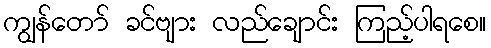
ကျွန်တော် ခင်ဗျား လည်ချောင်း ကြည့်ပါရစေ။